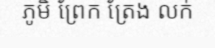
ភូមិ ព្រែក ត្រែង លក់